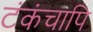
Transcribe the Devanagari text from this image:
टंकंचापि